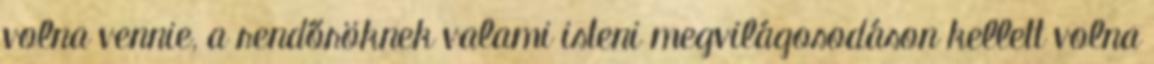
volna vennie, a rendőröknek valami isteni megvilágosodáson kellett volna